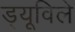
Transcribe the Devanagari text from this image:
ड्यूविले